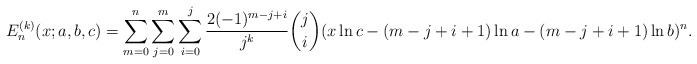
\begin{align*}{E}^{(k)}_n(x;a,b,c)=\sum_{m=0}^n\sum_{j=0}^m\sum_{i=0}^j\frac{2(-1)^{m-j+i}}{j^k}\binom{j}{i}(x\ln c-(m-j+i+1)\ln a-(m-j+i+1)\ln b)^n.\end{align*}